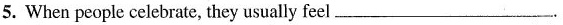
5. When people celebrate, they usually feel___.